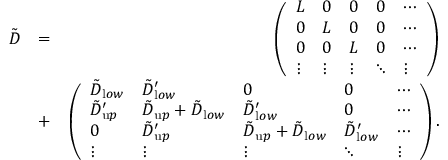
\begin{array} { r l r } { { \tilde { D } } } & { = } & { \left( \begin{array} { l l l l l } { L } & { 0 } & { 0 } & { 0 } & { \cdots } \\ { 0 } & { L } & { 0 } & { 0 } & { \cdots } \\ { 0 } & { 0 } & { L } & { 0 } & { \cdots } \\ { \vdots } & { \vdots } & { \vdots } & { \ddots } & { \vdots } \end{array} \right) } \\ & { + } & { \left( \begin{array} { l l l l l } { { \tilde { D } } _ { { \textrm l o w } } } & { { \tilde { D } } _ { { \textrm l o w } } ^ { \prime } } & { 0 } & { 0 } & { \cdots } \\ { { \tilde { D } } _ { { \textrm u p } } ^ { \prime } } & { { \tilde { D } } _ { { \textrm u p } } + { \tilde { D } } _ { { \textrm l o w } } } & { { \tilde { D } } _ { { \textrm l o w } } ^ { \prime } } & { 0 } & { \cdots } \\ { 0 } & { { \tilde { D } } _ { { \textrm u p } } ^ { \prime } } & { { \tilde { D } } _ { { \textrm u p } } + { \tilde { D } } _ { { \textrm l o w } } } & { { \tilde { D } } _ { { \textrm l o w } } ^ { \prime } } & { \cdots } \\ { \vdots } & { \vdots } & { \vdots } & { \ddots } & { \vdots } \end{array} \right) . } \end{array}